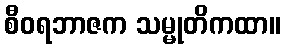
စီဝရဘာဇက သမ္မုတိကထာ။